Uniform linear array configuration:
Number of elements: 24
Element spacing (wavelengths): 0.5
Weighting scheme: hamming
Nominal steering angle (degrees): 60
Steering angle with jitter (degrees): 61.547
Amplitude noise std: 0.05
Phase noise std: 0.05

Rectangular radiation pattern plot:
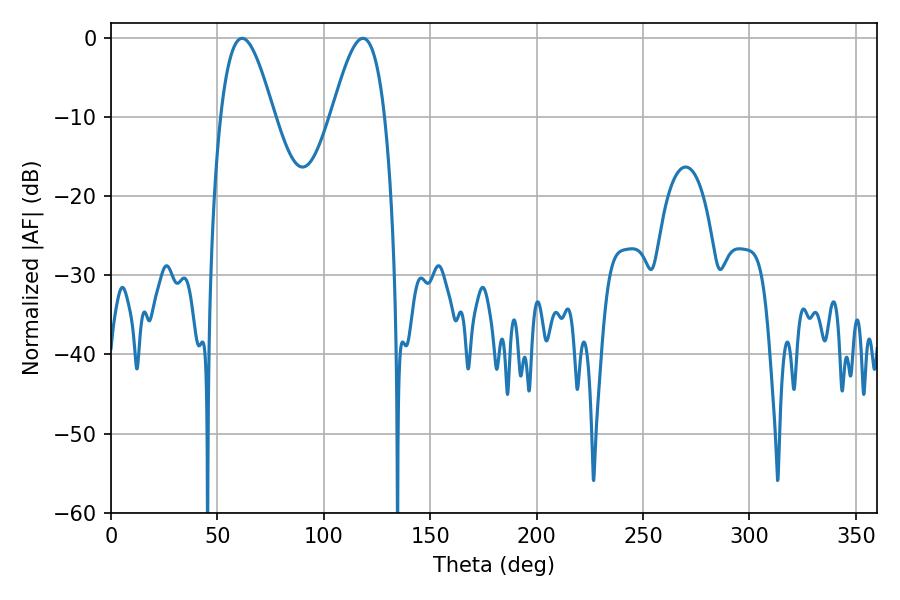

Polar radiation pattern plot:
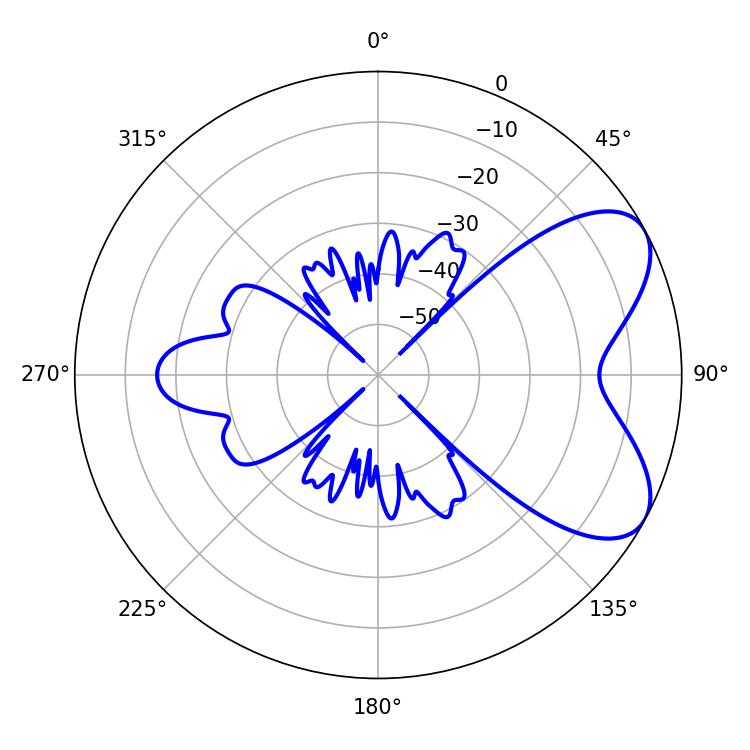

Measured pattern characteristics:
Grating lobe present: FALSE
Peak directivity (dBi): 6.389
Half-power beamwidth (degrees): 13.5
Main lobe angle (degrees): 61.56